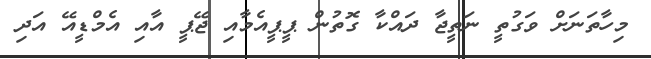
މިހާތަނަށް ވަގުތީ ނަތީޖާ ދައްކާ ގޮތުން ޕީޕީއެމާއި ޖޭޕީ އާއި އެމްޑީއޭ އަދި